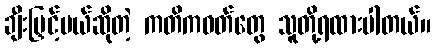
ချီးမြှင့်မယ်ဆိုတဲ့ ကတိကဝတ်တွေ သူတို့ရထားပါတယ်။